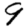
Digit: 9